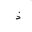
Letter: _thal